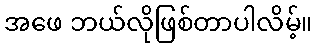
အဖေ ဘယ်လိုဖြစ်တာပါလိမ့်။